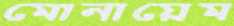
মোনায়েম